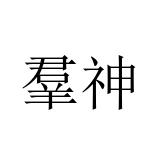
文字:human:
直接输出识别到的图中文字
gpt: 羣神